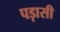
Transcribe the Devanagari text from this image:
पड़ासी